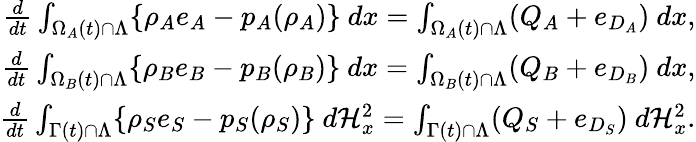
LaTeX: \begin{array}{r}{\frac{d}{dt}\int_{\Omega_{A}(t)\cap\Lambda}\{ \rho_{A}e_{A}-p_{A}(\rho_{A})\} {\ }dx=\int_{\Omega_{A}(t)\cap\Lambda}(Q_{A}+e_{D_{A}}){\ }dx,}\\ {\frac{d}{dt}\int_{\Omega_{B}(t)\cap\Lambda}\{ \rho_{B}e_{B}-p_{B}(\rho_{B})\} {\ }dx=\int_{\Omega_{B}(t)\cap\Lambda}(Q_{B}+e_{D_{B}}){\ }dx,}\\ {\frac{d}{dt}\int_{\Gamma(t)\cap\Lambda}\{ \rho_{S}e_{S}-p_{S}(\rho_{S})\} {\ }d\mathcal{H}_{x}^{2}=\int_{\Gamma(t)\cap\Lambda}(Q_{S}+e_{D_{S}}){\ }d\mathcal{H}_{x}^{2}.}\end{array}